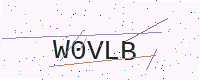
Text: W0VLB